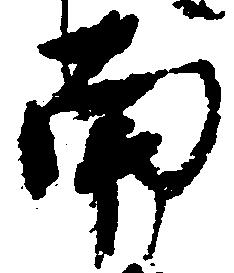
南